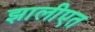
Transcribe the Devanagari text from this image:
झालीएत